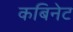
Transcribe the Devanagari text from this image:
कबिनेट